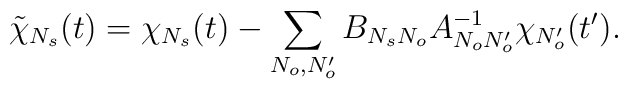
\tilde\chi_{N_s}(t)=\chi_{N_s}(t)-\sum_{N_o,N_o'}B_{N_sN_o}A_{N_oN_o'}^{-1} \chi_{N_o'}(t').